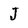
Character: J